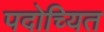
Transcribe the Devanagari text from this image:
पदोच्यित